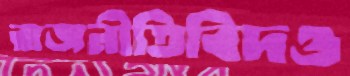
রাজনীতিবিদও